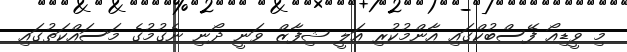
މި ވީޑިއޯ ފޭސްބުކްގައި އާންމުކުރި އަލީ ޝިފާޒް ވަނީ ދޯނި ނެގުމުގެ މަސައްކަތުގައި